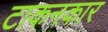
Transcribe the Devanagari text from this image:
टाकनकार